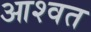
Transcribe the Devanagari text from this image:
आश्वत